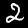
Digit: 2